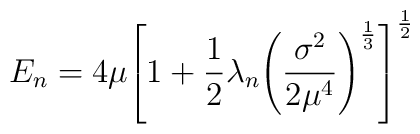
E_{n}=4\mu{\left[1+\frac{1} {2}\lambda_{n}{\left(\frac{\sigma^{2}} {2 \mu^{4}}\right)}^{\frac{1} {3}}\right]}^{\frac{1} {2}}